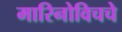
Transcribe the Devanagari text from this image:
मारिनोविचचे